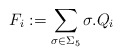
\begin{align*}F_{i}:=\sum_{\sigma\in \Sigma_{5}} \sigma.Q_{i}\end{align*}